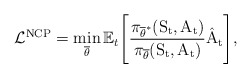
\begin{align*} \mathcal{L}^{\mathrm{NCP}} = \min_{\overline{\theta}}\mathbb{E}_{t}\Bigg[\mathrm{\frac{\pi_{\overline{\theta}^{*}}(S_t, A_t)}{\pi_{\overline{\theta}}(S_t, A_t)}\hat{A}_{t}}\Bigg],\end{align*}